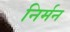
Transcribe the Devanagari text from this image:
निर्मन